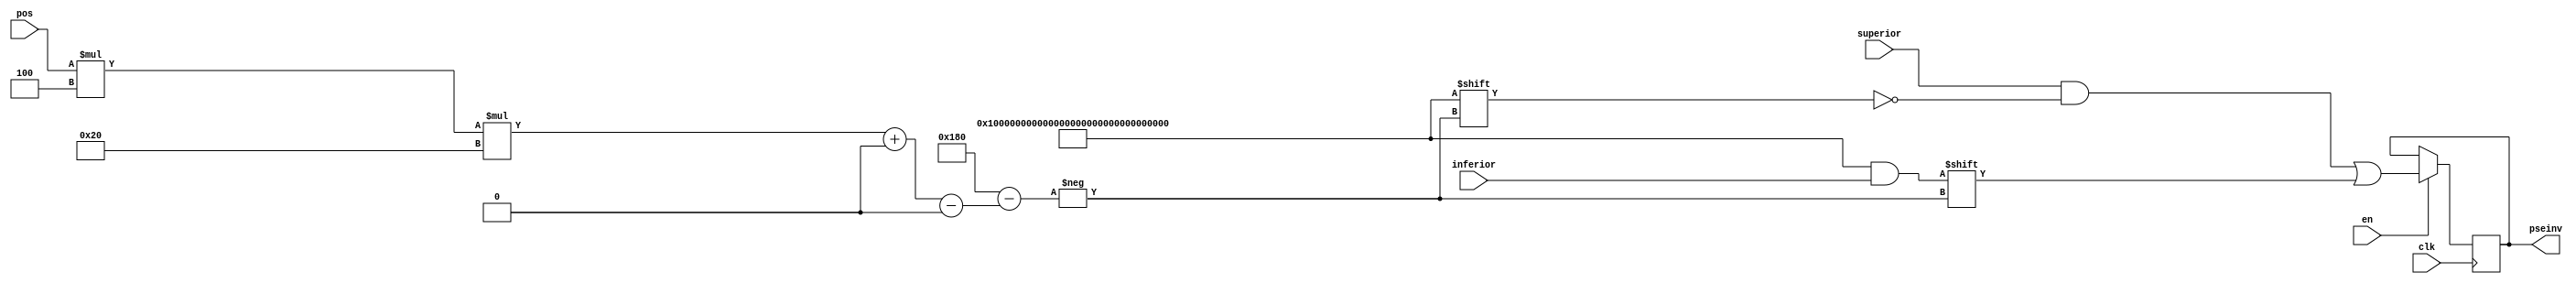
`timescale 1ns / 1ps
//////////////////////////////////////////////////////////////////////////////////
// Company: 
// Engineer: 
// 
// Design Name: 
// Module Name:    BuildPseudoInverse 
// Project Name: 
// Target Devices: 
// Tool versions: 
// Description: 
//
// Dependencies: 
//
// Revision: 
// Revision 0.01 - File Created
// Additional Comments: 
//
//////////////////////////////////////////////////////////////////////////////////
module BuildPseudoInverse #(parameter nBits=32, parameter N=4, parameter M=4)(
	input [0:nBits*N*M-1]superior,
	input [0:M*nBits-1] inferior,
	input [nBits-1:0] pos,
	input clk,en,
	output reg [0:nBits*N*M-1] pseinv);

	always @ (posedge clk) begin
		if(en==1)begin
			pseinv<=superior;
			pseinv[pos*M*nBits+:M*nBits]<=inferior;	
		end
	end
endmodule